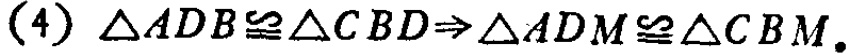
(4) $\triangle ADB\cong\triangle CBD\Rightarrow\triangle ADM\cong\triangle CBM$.